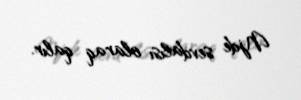
Njde sevdalısı olaraq qalır.